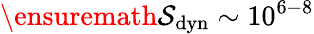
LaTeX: \ensuremath{\mathcal{S}}_{\mathrm{dyn}}\sim 10^{6-8}